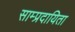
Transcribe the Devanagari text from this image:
साम्प्रदायिता